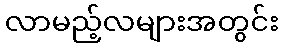
လာမည့်လများအတွင်း